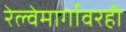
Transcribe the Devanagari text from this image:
रेल्वेमार्गावरही